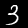
Digit: 3